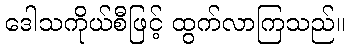
ဒေါသကိုယ်စီဖြင့် ထွက်လာကြသည်။